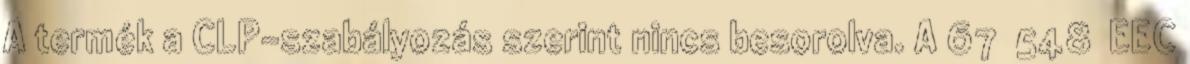
A termék a CLP-szabályozás szerint nincs besorolva. A 67 548 EEC